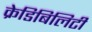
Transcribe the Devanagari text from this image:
क्रेडिबिलिटी